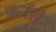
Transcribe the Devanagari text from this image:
फर्नले